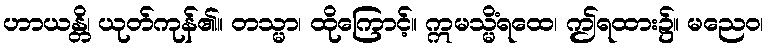
ဟာယန္တိ၊ ယုတ်ကုန်၏။ တသ္မာ၊ ထိုကြောင့်။ ဣမသ္မိံရထေ၊ ဤရထား၌။ မညေဝ၊